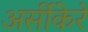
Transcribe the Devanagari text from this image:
अर्सीकेरे